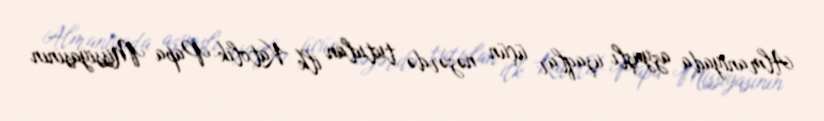
Almaniyada azyaşlı uşaqlar üçün nəzərdə tutulan ilk Katolik-Papa Missiyasının